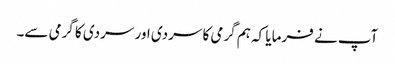
آپ نے فرمایا کہ ہم گرمی کا سردی اور سردی کا گرمی سے۔